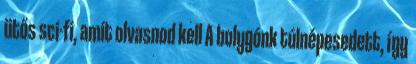
ütős sci-fi, amit olvasnod kell A bolygónk túlnépesedett, így